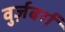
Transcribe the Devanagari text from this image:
वुर्ज़बर्ग